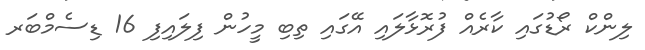
ލިންކް ރޯޑުގައި ކާރެއް ފުރޮޅާލައި އޭގައި ތިބި މީހުން ފިލައިފި 16 ޑިސެމްބަރ